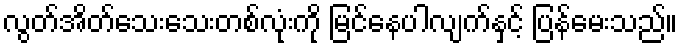
လွတ်အိတ်သေးသေးတစ်လုံးကို မြင်နေပါလျက်နှင့် ပြန်မေးသည်။